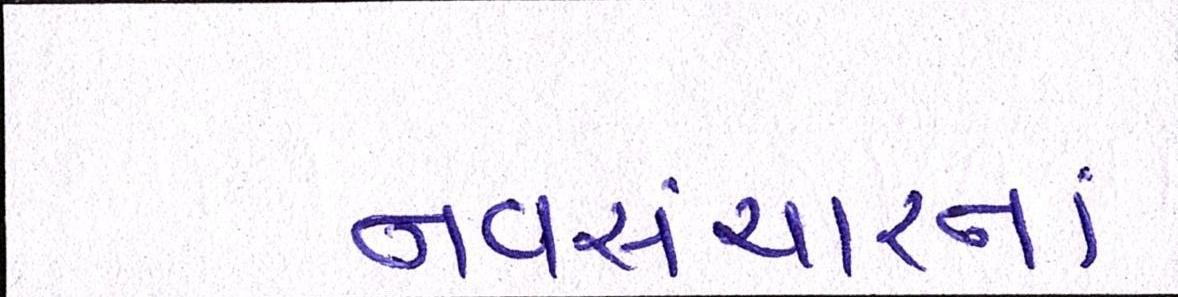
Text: નવસંચારનાં